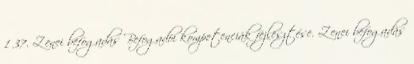
1 37. Zenei befogadás Befogadói kompetenciák fejlesztése. Zenei befogadás